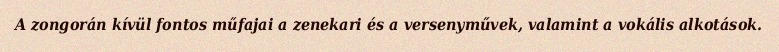
A zongorán kívül fontos műfajai a zenekari és a versenyművek, valamint a vokális alkotások.